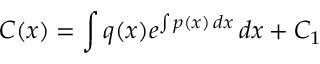
C ( x ) = \int q ( x ) e ^ { \int p ( x ) \, d x } \, d x + C _ { 1 }